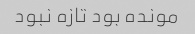
مونده بود تازه نبود